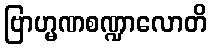
ဗြာဟ္မဏစဏ္ဍာလောတိ